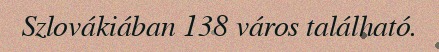
Szlovákiában 138 város található.